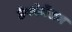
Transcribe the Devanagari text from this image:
डेफोर्मेशन